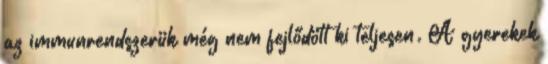
az immunrendszerük még nem fejlődött ki teljesen. A gyerekek